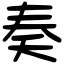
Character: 奏